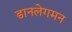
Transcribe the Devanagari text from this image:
डानलेगमन